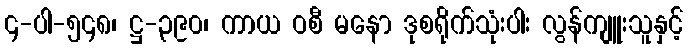
၄-ပါ-၅၄၈၊ ဋ္ဌ-၃၉၀၊ ကာယ ဝစီ မနော ဒုစရိုက်သုံးပါး လွန်ကျူးသူနှင့်